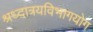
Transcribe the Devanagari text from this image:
श्रध्दात्रयविभागयोग